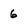
Character: 6